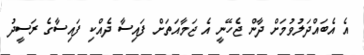
އެ އެބައްދަލުވުމަށް ދާން ޖެހޭނީ އެ ޖަމާއަތަށް ފައިސާ ދެއްކި ފައިސާގެ ރަސީދު